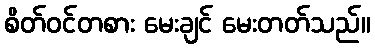
စိတ်ဝင်တစား မေးချင် မေးတတ်သည်။